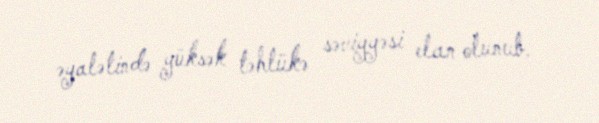
əyalətində yüksək təhlükə səviyyəsi elan olunub.